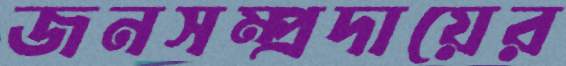
জনসম্প্রদায়ের